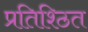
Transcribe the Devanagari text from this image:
प्रतिश्ठित